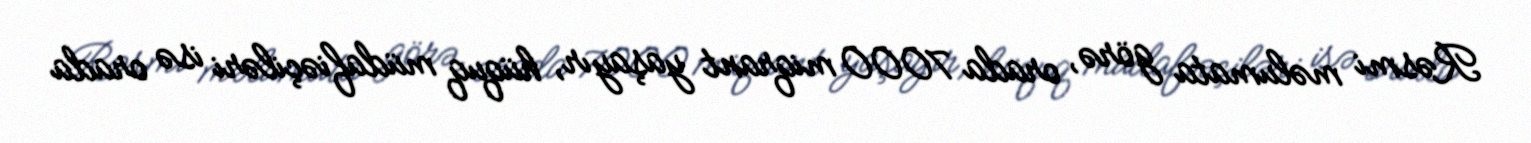
Rəsmi məlumata görə, orada 7000 miqrant yaşayır, hüquq müdafiəçiləri isə orada